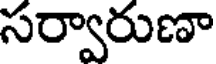
సర్వారుణా